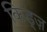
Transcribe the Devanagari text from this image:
किड्ज़